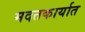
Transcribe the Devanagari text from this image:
मदतकार्यात